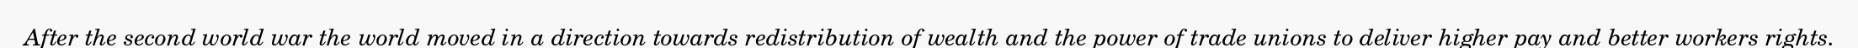
After the second world war the world moved in a direction towards redistribution of wealth and the power of trade unions to deliver higher pay and better workers rights.